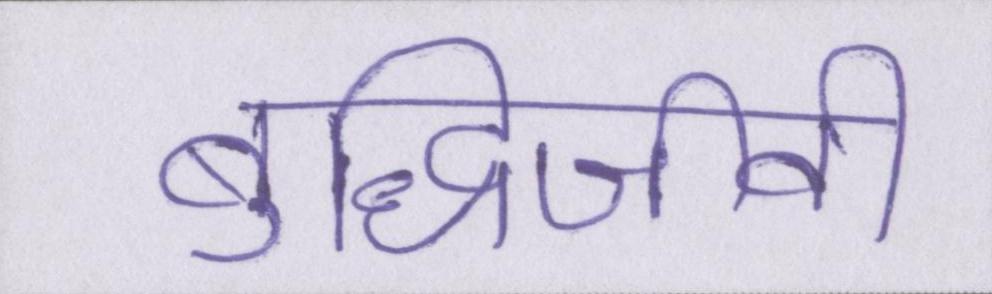
बुद्धिजीवी